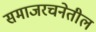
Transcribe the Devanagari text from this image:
समाजरचनेतील